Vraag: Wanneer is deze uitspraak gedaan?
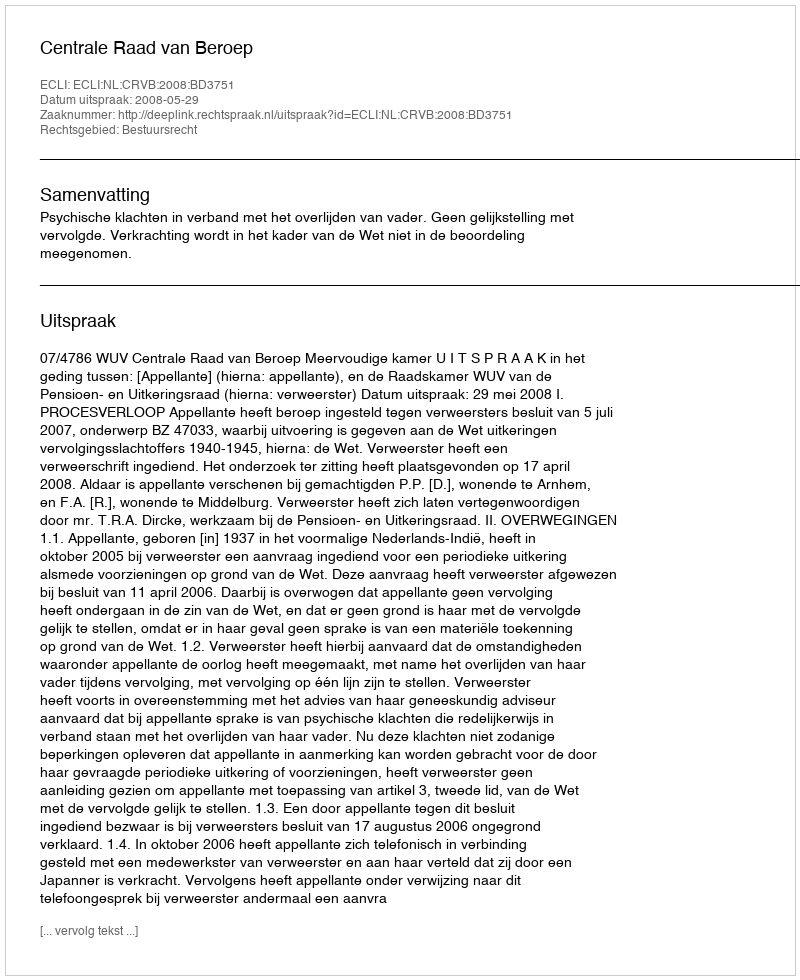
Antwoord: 2008-05-29